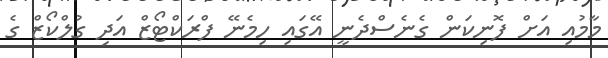
މާމުއި އަށް ފޮނިކަން ގެނެސްދެނީ އޭގައި ހިމެނޭ ފްރަކްޓޯޒް އަދި ގުލްކޯޒް ގެ